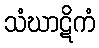
သံဃာဋိကံ